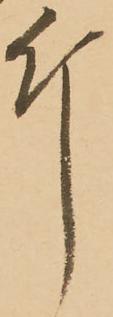
斤